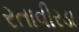
રતાવીરડા